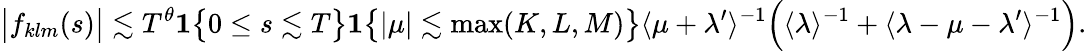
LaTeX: \big|f_{klm}(s)\big|\lesssim T^{\theta}\mathbf{1}\big\{ 0\leq s\lesssim T\big\} \mathbf{1}\big\{ |\mu|\lesssim\operatorname*{max}(K,L,M)\big\} \langle\mu+\lambda^{\prime}\rangle^{-1}\Big(\langle\lambda\rangle^{-1}+\langle\lambda-\mu-\lambda^{\prime}\rangle^{-1}\Big).